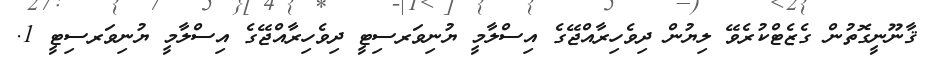
ޤާނޫނީގޮތުން ގެޒެޓްކުރެވޭ ލިޔުން ދިވެހިރާއްޖޭގެ އިސްލާމީ ޔުނިވަރސިޓީ ދިވެހިރާއްޖޭގެ އިސްލާމީ ޔުނިވަރސިޓީ 1.